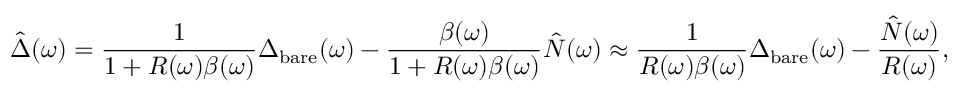
\hat { \Delta } ( \omega ) = \frac { 1 } { 1 + R ( \omega ) \beta ( \omega ) } \Delta _ { \mathrm { b a r e } } ( \omega ) - \frac { \beta ( \omega ) } { 1 + R ( \omega ) \beta ( \omega ) } \hat { N } ( \omega ) \approx \frac { 1 } { R ( \omega ) \beta ( \omega ) } \Delta _ { \mathrm { b a r e } } ( \omega ) - \frac { \hat { N } ( \omega ) } { R ( \omega ) } ,